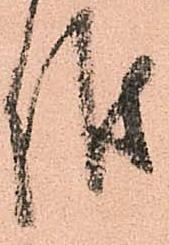
候